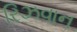
રિઝવાન